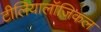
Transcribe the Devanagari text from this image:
टीलियालॉजिकल